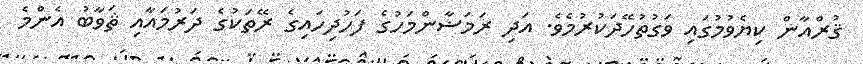
ޤުރްއާން ކިޔެވުމުގައި ވަގުތުހޭދަކުރުމެވެ. އަދި ރަމަޟާންމަހުގެ ފަހުދިހައިގެ ރޭތަކުގެ ދަރުމައާއި ޘަވާބު އެންމެ